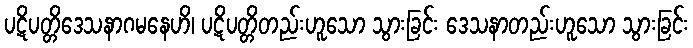
ပဋိပတ္တိဒေသနာဂမနေဟိ၊ ပဋိပတ္တိတည်းဟူသော သွားခြင်း ဒေသနာတည်းဟူသော သွားခြင်း